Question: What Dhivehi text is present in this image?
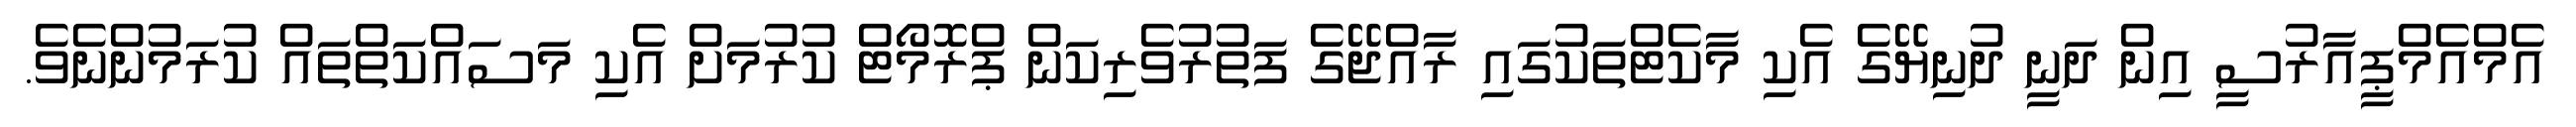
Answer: އެމްއެމްޕީއާރުސީ އިން ދަނީ ދުނިޔޭގެ އެކި މާކެޓްތަކުގައި ރާއްޖޭގެ ފަތުރުވެރިކަން ޕްރޮމޯޓް ކުރުމަށް އެކި މަސައްކަތްތައް ކުރަމުންނެވެ.